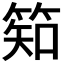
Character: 𥯌